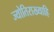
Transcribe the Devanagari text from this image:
ज्योतिराख्याहि